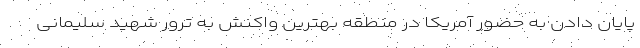
پایان دادن به حضور آمریکا در منطقه بهترین واکنش به ترور شهید سلیمانی